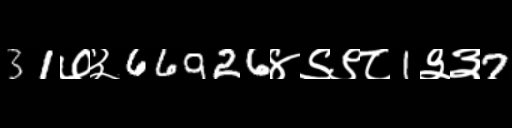
Text: 31७३66926४९९८1३३7